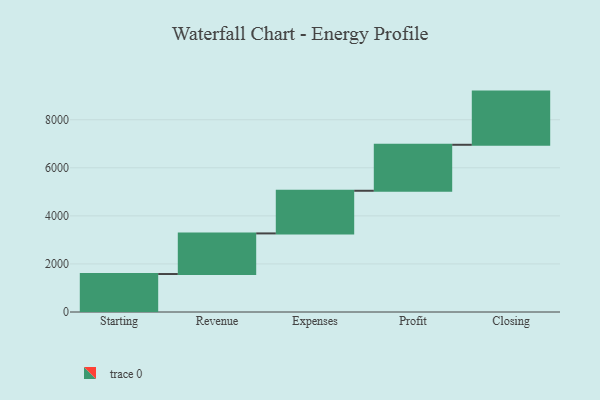
{"axis": {"x": "Step", "y": "Value"}, "legend": [""], "data": [{"x": "Starting", "y": 1580.0, "type": ""}, {"x": "Revenue", "y": 1690.0, "type": ""}, {"x": "Expenses", "y": 1775.0, "type": ""}, {"x": "Profit", "y": 1913.0, "type": ""}, {"x": "Closing", "y": 2213.0, "type": ""}]}